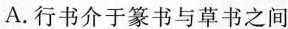
A.行书介于篆书与草书之间